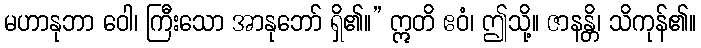
မဟာနုဘာ ဝေါ၊ ကြီးသော အာနုဘော် ရှိ၏။” ဣတိ ဧဝံ၊ ဤသို့။ ဇာနန္တိ၊ သိကုန်၏။